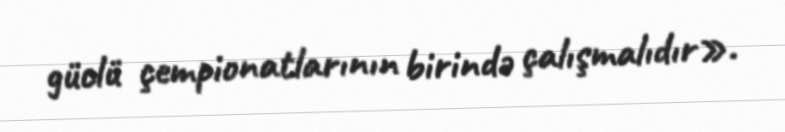
güclü çempionatlarının birində çalışmalıdır».